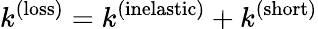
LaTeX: k^{(\mathrm{loss})}=k^{(\mathrm{inelastic})}+k^{(\mathrm{short})}